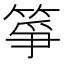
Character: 箏